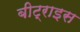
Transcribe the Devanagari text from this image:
बीट्राइस